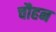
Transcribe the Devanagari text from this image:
चौहन